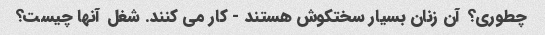
چطوری؟ آن زنان بسیار سختکوش هستند - کار می کنند. شغل آنها چیست؟